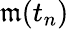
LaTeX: \mathfrak{m}(t_{n})